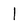
Character: l